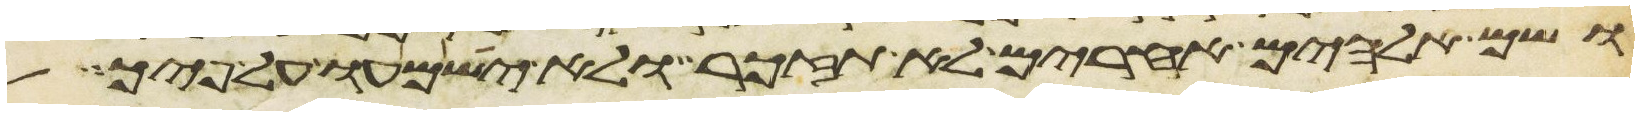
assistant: ושם אלהים אחרים לא תזכר ולא ישמעו על פיך